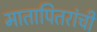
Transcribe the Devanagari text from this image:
मातापितरांची